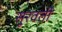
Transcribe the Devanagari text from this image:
सुरवती